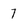
Character: 7